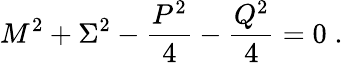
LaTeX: M^{2}+\Sigma^{2}-\frac{P^{2}}{4}-\frac{Q^{2}}{4}=0\; .